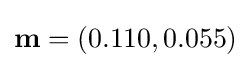
\mathbf {m} =(0.110,0.055)